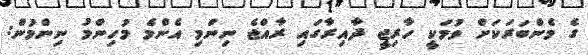
ގެ މެންބަރަކަށް ވުމަކީ ހާރިޖީ ދާއިރާގައި ރާއްޖެ ނިންމި އެންމެ މުހިންމު ނިންމުން: